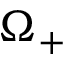
\Omega _ { + }